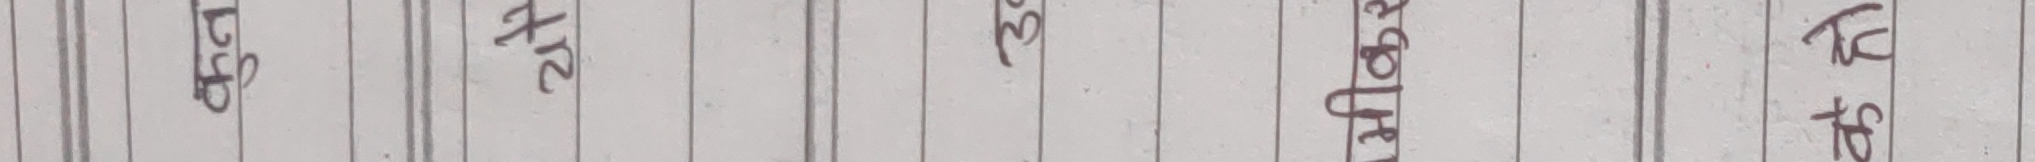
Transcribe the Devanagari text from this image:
एफ. आइ. आर.
२४. एस. बुहारी